Vaccination in the Punjab 1897-1904 - 1897-1904
Year: 1897
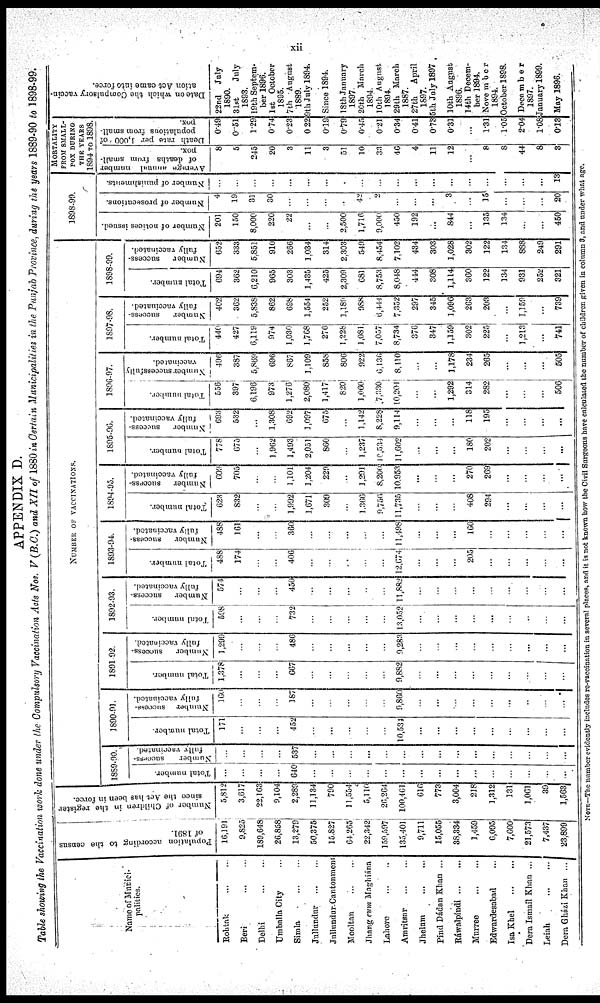
xii
APPENDIX D.
Table showing the Vaccination work done under the Compulsory Vaccination Acts Nos. V (B.C.) and XII of 1880 in Certain Municipalities in the Punjab Province, during the years 1889-90 to 1898-99.
Name of Munici-
palities.
Rohtak
...
...
Beri
...
...
Delhi
...
...
Umballa City ...
Simla
...
...
Jullundur
...
...
Jullundur Cantonment
Mooltan ... ...
Jhang cum Maghiána
Lahore
...
...
Amritsar
...
...
Jhelnm
...
...
Pind Dádan Khan ...
Ráwalpindi
...
...
Murree
...
...
Edwardesabad ...
Isa Khel
...
...
Dera Ismail Khan ...
Leiah
...
...
Dora Gházi Khan ...
Population according to the census
of 1891.
16,191
9,825
189,648
26,858
13,279
50,375
15,827
64,265
22,342
159,597
135,401
9,711
15,055
38,334
1,459
6,095
7,600
21,573
7,437
23,899
Number of Children in the register .
since the Act has been in force.
5,812
3,617
22,163
9,104
2,289
11,134
790
11,554
5,110
26,264
100,461
616
773
3,004
218
1,312
131
1,061
39
1,563
NUMBER OF VACCINATIONS.
1889-90.
Total number.
...
...
...
...
640
...
...
...
...
...
...
...
...
...
...
...
...
...
...
...
Number
success-
fully vaccinated
...
...
...
...
537
...
...
...
...
...
...
...
...
...
...
...
...
...
...
...
1890-91
Total number.
171
...
...
...
452
...
...
...
...
...
10,534
...
...
...
...
...
...
...
...
...
Number success-
fully vaccinated.
160
...
...
...
187
...
...
...
...
...
9,860
...
...
...
...
...
...
..
...
...
1891-92.
Total number.
1,378
...
...
...
667
...
...
...
...
...
9,882
...
...
...
...
...
...
...
...
...
Number
success-
fully vaccinated
1,299
...
...
...
486
...
...
...
...
...
9,283
...
...
...
...
..
...
...
...
...
1892-93.
Total number.
598
...
...
...
732
...
...
...
...
...
13,052
...
...
...
...
...
...
...
...
...
Number
success-
fully vaccinated.
574
...
...
...
450
...
...
...
...
...
11,882
...
...
...
...
...
...
...
...
...
1893-94.
Total number
488
174
...
...
406
...
...
...
...
...
12,674
...
...
...
205
...
...
...
...
...
Number
success-
fully vaccinated.
488
161
...
...
360
...
...
...
...
...
11,498
...
...
...
160
...
...
...
...
...
1894-95.
Total number
623
832
...
...
1,992
1,671
309
...
1,366
9,756
11,735
...
...
...
408
294
...
...
...
...
Number
success-
fully vaccinated
609
705
...
...
1,101
1,204
229
...
1,291
8,200
10,953
...
...
...
270
269
...
...
...
...
1895-96.
Total number.
778
675
...
1,962
1,493
2,051
860
...
1,237
10,531
11,602
...
...
...
180
202
...
...
...
...
Number
success-
fully vaccinated.
693
532
...
1,308
692
1,097
675
...
1,142
8,228
9,114
...
...
...
118
195
...
...
...
...
1896-97.
Total number
556
397
6,196
973
1,276
2,080
1,417
820
1,060
7,330
10,201
...
...
1,292
314
282
...
...
...
506
Number
successful
vaccinated.
496
387
5,869
696
867
1,109
858
806
922
6,136
8,110
...
...
1,178
234
265
...
...
...
505
1897-98.
Total number.
440
427
6,119
974
1,030
1,768
276
1,228
1,081
7,057
8,734
376
347
1,159
302
225
...
1,213
...
741
Number
success-
fully vaccinated
402
362
5,838
862
698
1,554
252
3,189
988
6, 444
7,352
297
345
1,096
263
203
...
1,159
...
739
1898-99.
Total number.
694
362
6,210
965
303
1,435
425
2,309
681
8,753
8,048
444
308
1,114
360
122
134
931
252
321
Number
success-
fully vaccinated.
652
333
5,851
910
266
1,034
314
2,303
549
8,454
7,102
434
303
1,028
302
122
134
888
249
291
1898-99.
Number of notices issued.
201
150
8,000
220
22
...
...
2,500
1,716
9,000
450
192
...
844
...
135
134
...
...
450
Number of prosecutions.
4
19
31
30
...
...
...
.
42
2
...
...
...
3
...
15
...
...
...
20
Number of punishments.
...
...
...
...
...
...
...
...
...
...
...
...
...
...
...
...
...
...
...
13
MORTALTY
FROM SMALL-
POX DURING
THE YEARS
1894 TO 1898.
Average annual number
of deaths from small-
pox.
8
5
245
20
3
11
3
51
10
33
46
4
11
12
...
8
8
44
8
3
Death rate per 1,000 of
populations from small-
pox
0.49
0.51
1.29
0.74
0.23
0.22
0.19
0.79
0.45
0.21
0.34
0.41
0.73
0.31
...
1.31
1.05
2.04
1.08
0.13
Date on which the Compulsory vaccin-
ation Act came into force.
22nd July
1890.
31st
July
1893.
19th Septem-
ber 1896.
1st October
1895.
7th August
1889.
9th July 1894.
Since 1894.
18th January
1897
20th March
1894.
10th August
1894.
29 th March
1887.
27th
April
1897.
5th July 1897
10th August
1896.
14th Decem-
ber 1894.
November
1894.
October 1898.
December
1897.
January 1899.
May 1896.
NOTE—The number evidently includes re-vaccination in several places, and it is not known how the Civil Surgeons have calculated the number of children given in column 8, and under what age.